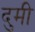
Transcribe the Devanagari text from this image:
दुमी